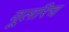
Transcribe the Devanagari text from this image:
वूलरिच